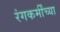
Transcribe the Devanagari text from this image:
रंगकर्मींच्या